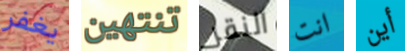
يغفر تنتهين النقر انت أين